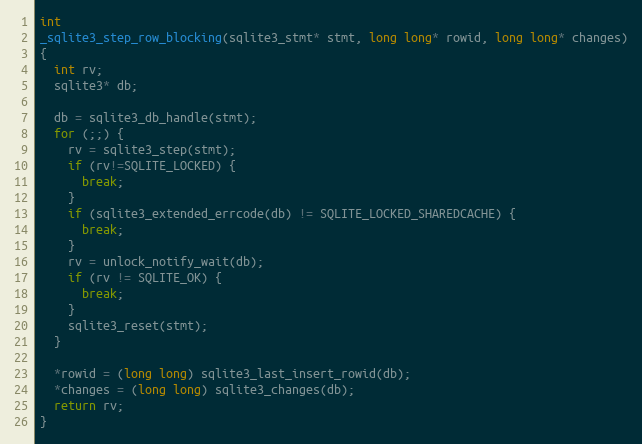
Language: C
int
_sqlite3_step_row_blocking(sqlite3_stmt* stmt, long long* rowid, long long* changes)
{
  int rv;
  sqlite3* db;

  db = sqlite3_db_handle(stmt);
  for (;;) {
    rv = sqlite3_step(stmt);
    if (rv!=SQLITE_LOCKED) {
      break;
    }
    if (sqlite3_extended_errcode(db) != SQLITE_LOCKED_SHAREDCACHE) {
      break;
    }
    rv = unlock_notify_wait(db);
    if (rv != SQLITE_OK) {
      break;
    }
    sqlite3_reset(stmt);
  }

  *rowid = (long long) sqlite3_last_insert_rowid(db);
  *changes = (long long) sqlite3_changes(db);
  return rv;
}